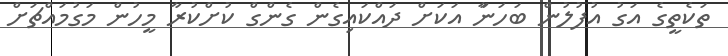
ތަކެތީގެ އަގު އުފުލުން ބަހަނަާ އަކަށް ދައްކައިގެން ގެންގް ކުށްކުރާ މީހުން މަގުމައްޗަށް